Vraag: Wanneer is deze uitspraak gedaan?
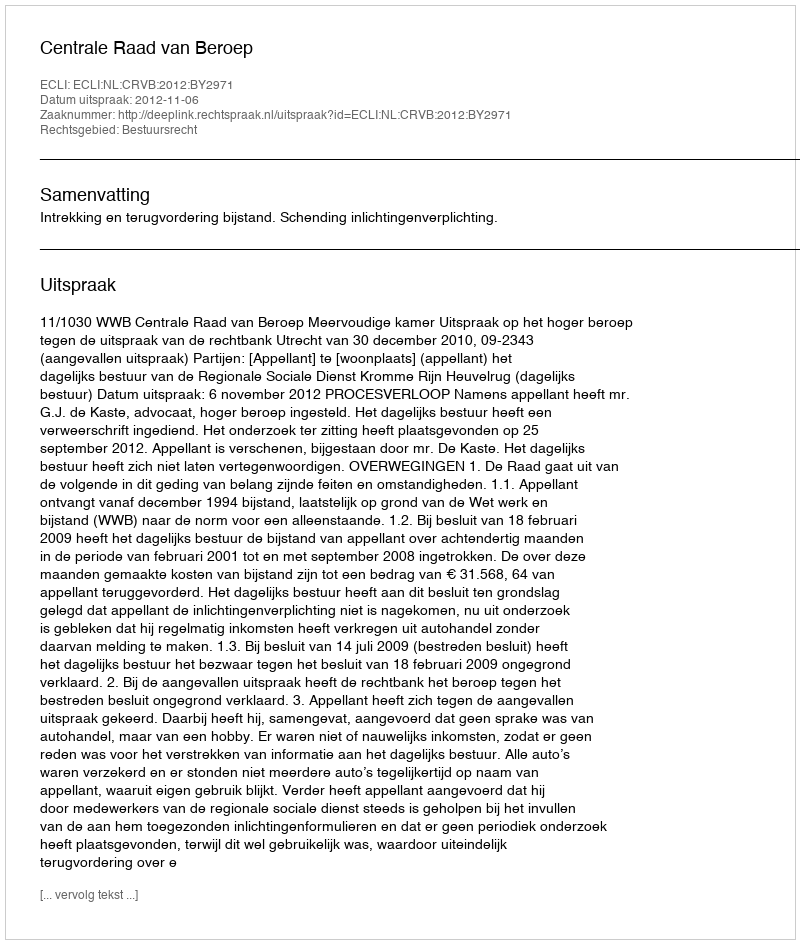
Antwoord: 2012-11-06